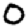
Digit: 0